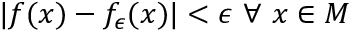
| f ( x ) - f _ { \epsilon } ( x ) | < \epsilon ~ \forall ~ x \in M